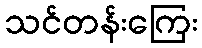
သင်တန်းကြေး